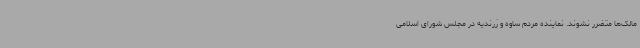
مالک‌ها متضرر نشوند. نماینده مردم ساوه و زرندیه در مجلس شورای اسلامی